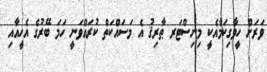
ވަރަށް ހީވާގިކަމާއެކީ މިނިސްޓަރ ޠާރިޤު އެ މަސައްކަތް ކުރައްވަނީ ހަމަ ބޭރުގެ އެހީއާއި